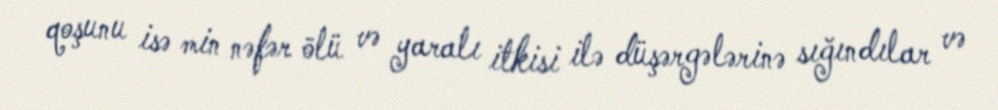
qoşunu isə min nəfər ölü və yaralı itkisi ilə düşərgələrinə sığındılar və